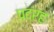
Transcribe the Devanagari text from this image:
पद्रह